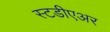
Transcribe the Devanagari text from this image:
स्टडीएअर